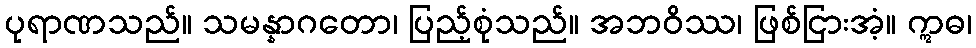
ပုရာဏသည်။ သမန္နာဂတော၊ ပြည့်စုံသည်။ အဘဝိဿ၊ ဖြစ်ငြားအံ့။ ဣဓ၊